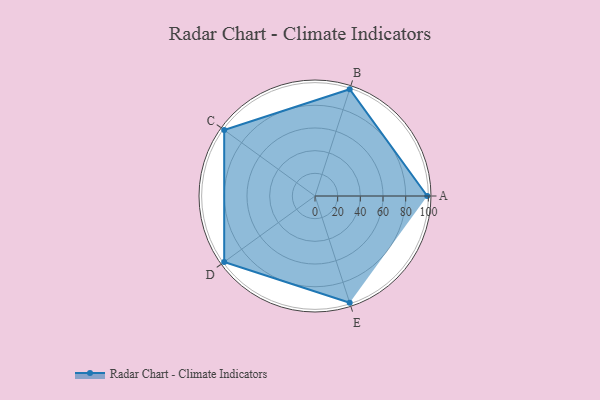
{"axis": {"x": "Skill", "y": "Score"}, "legend": ["Profile"], "data": [{"x": "A", "y": 99, "type": "Profile"}, {"x": "B", "y": 99, "type": "Profile"}, {"x": "C", "y": 99, "type": "Profile"}, {"x": "D", "y": 99, "type": "Profile"}, {"x": "E", "y": 99, "type": "Profile"}]}